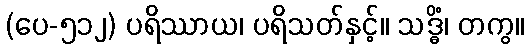
(ပေ-၅၁၂) ပရိဿာယ၊ ပရိသတ်နှင့်။ သဒ္ဓိံ၊ တကွ။